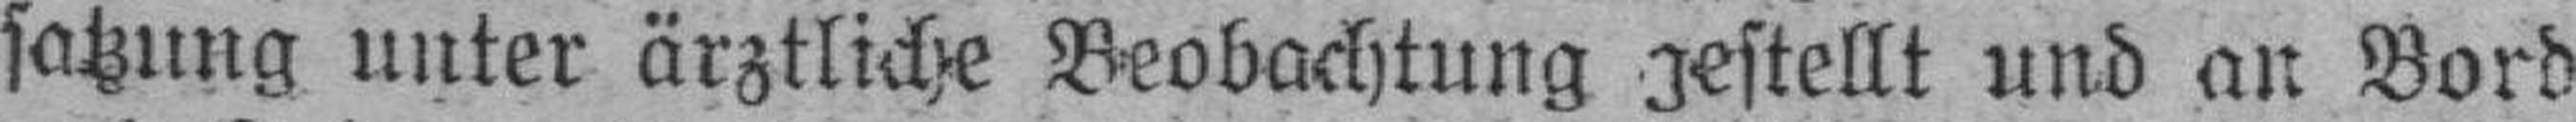
satzung unter ärztliche Beobachtung gestellt und an Bord